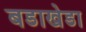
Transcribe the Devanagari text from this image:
बडाखेडा